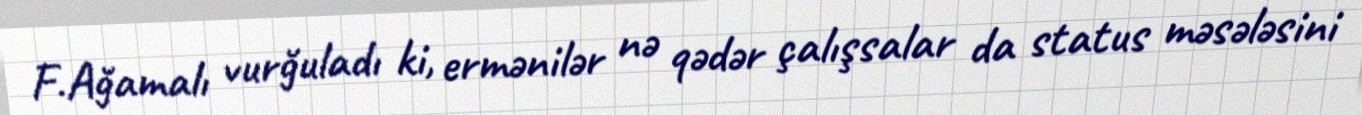
F.Ağamalı vurğuladı ki, ermənilər nə qədər çalışsalar da status məsələsini